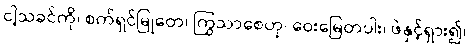
ငါ့သခင်ကို၊ စက်ရှင်မြုတေ၊ ကြွသာစေဟု၊ ဝေးမြေတပါး၊ ဖဲနှင့်ရှား၍၊